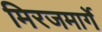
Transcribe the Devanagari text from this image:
मिरजमार्गे